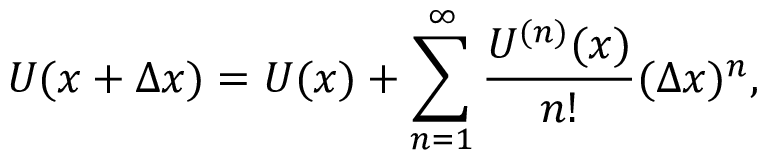
U ( x + \Delta x ) = U ( x ) + \sum _ { n = 1 } ^ { \infty } \frac { U ^ { ( n ) } ( x ) } { n ! } ( \Delta x ) ^ { n } ,